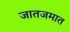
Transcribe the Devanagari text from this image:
जातजमात